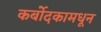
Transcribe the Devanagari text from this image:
कर्बोदकामधून